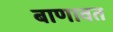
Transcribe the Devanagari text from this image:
बाणावत